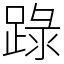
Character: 䟿